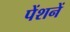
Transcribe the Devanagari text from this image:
पेंशनें